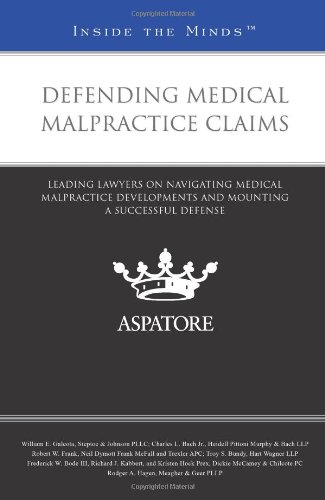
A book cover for Defending Medical Malpractice Claims: Leading Lawyers on Navigating Medical Malpractice Developments and Mounting a Successful Defense (Inside the Minds); Multiple Authors; Law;